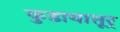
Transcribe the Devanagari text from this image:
कुडायात्तूर्